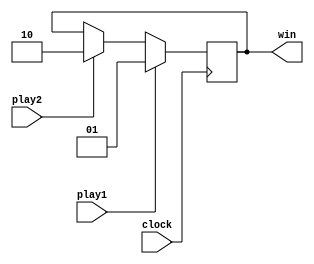
module button (clock,play1,play2,win);
  input clock;
  input play1, play2;
  output reg[1:0] win ;
  always@(posedge clock)
	 begin
			  if(play1)
					win <= 2'b01;
			  else if(play2)
					win <= 2'b10;
	 end
endmodule